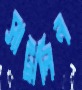
সাট্রালিন